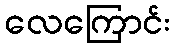
လေကြောင်း